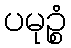
ပမုဉ္စံ